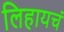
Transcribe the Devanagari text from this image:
लिहायचं